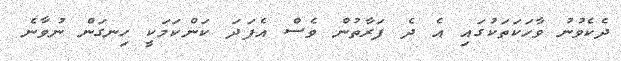
ދެކެވުނު ވާހަކަތަކުގައި އެ ދެ ފަރާތުން ވެސް އެފަދަ ކަންކަމަކީ ހިނގަން ނުވާނެ